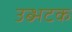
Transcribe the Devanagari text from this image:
उब्भटक